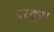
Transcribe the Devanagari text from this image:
परड्या